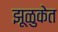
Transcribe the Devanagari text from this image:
झूळुकेत